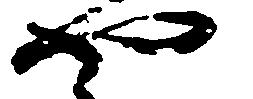
や